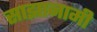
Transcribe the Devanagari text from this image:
साझानामी